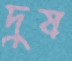
দুষ